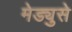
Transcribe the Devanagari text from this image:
मेड्युसे